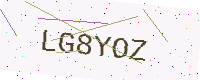
Text: LG8YOZ